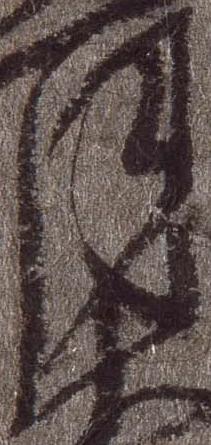
月